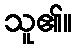
သူ၏။